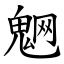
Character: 䰣